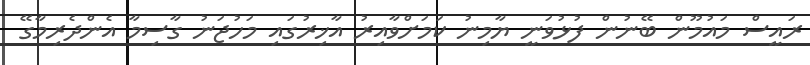
ރައީސް މައުމޫން ބޭނުން ފުޅުވަނީ ޔާމިނު ކަމަށްވާއިރު އާޚިރުގައި މަހުޖަނު ގާސިމާ އެންދެރިމާގޭ